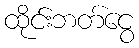
ထိုင်းဘတ်ငွေ